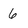
Character: 6